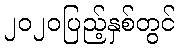
၂၀၂၀ပြည့်နှစ်တွင်